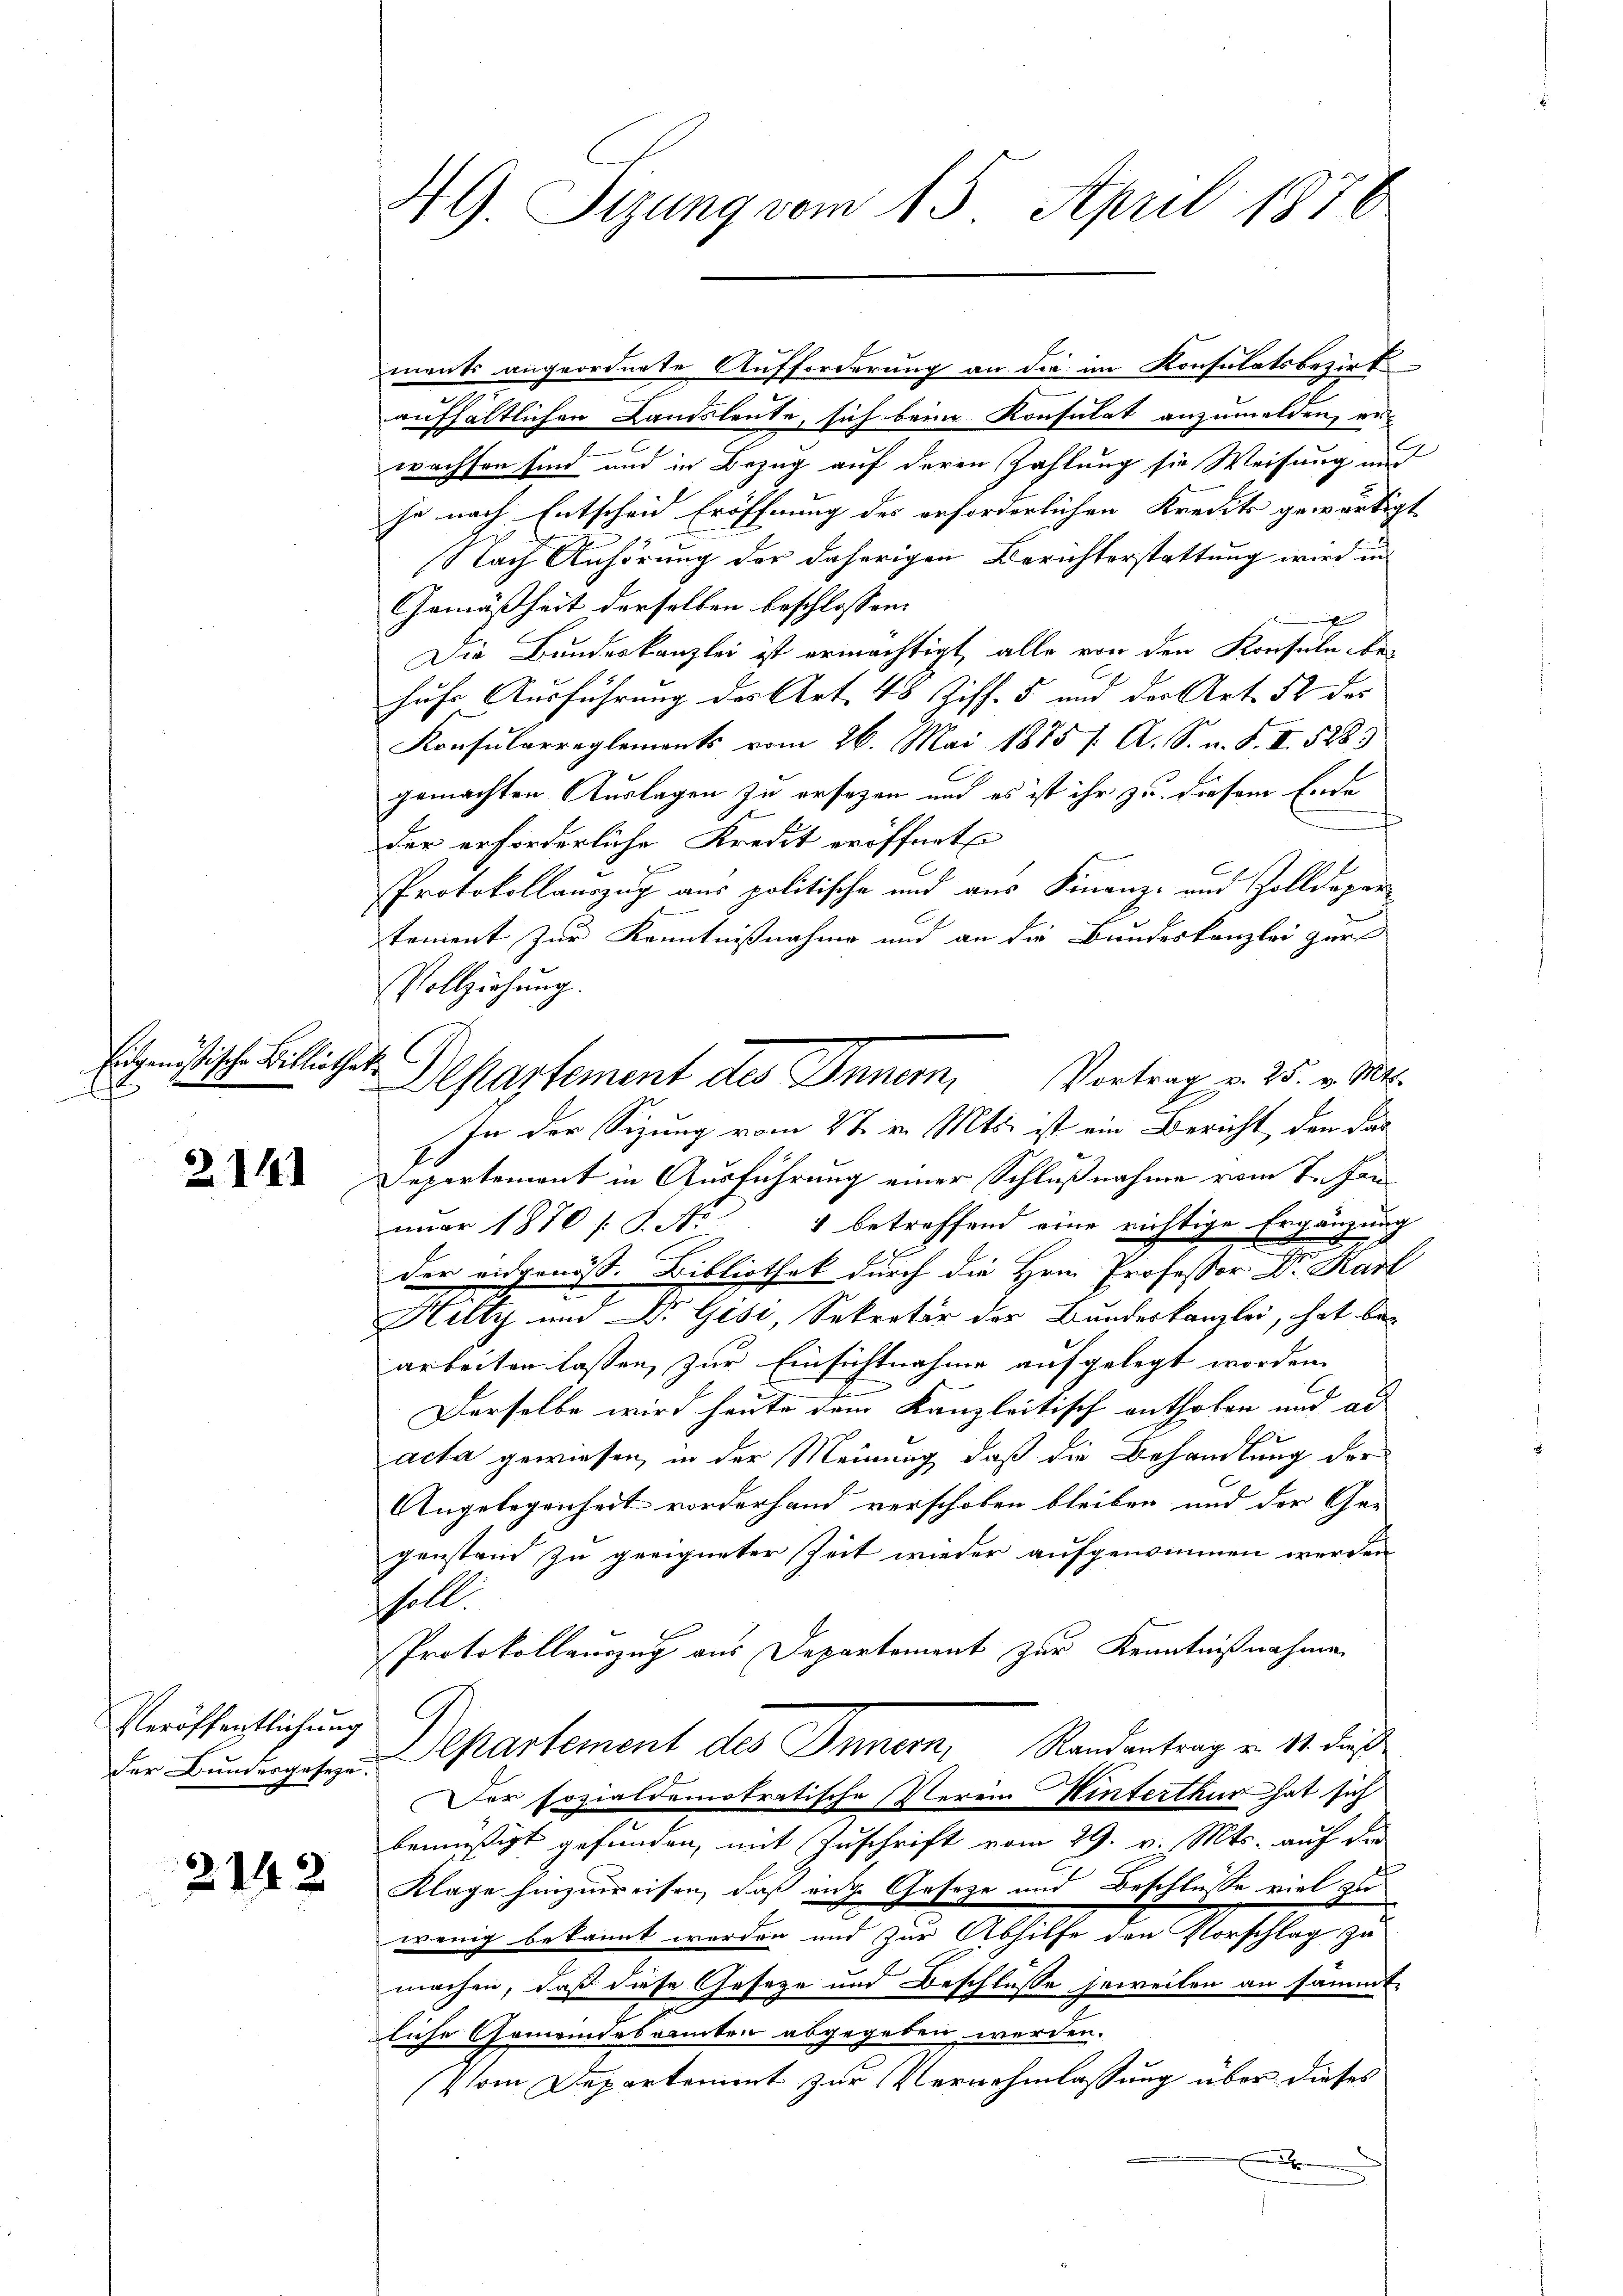
Eidgenößische Bibliothe

Z.141

Veröffentlichung
der Bundesgeseze

2142

49 Sizung vom 15. April 1870

.
Departement des Inner, Vortrag u. 25. v. M.
In der Sizung vom 27. v. Mts. ist ein Bericht, den das

ments angeordnete Aufforderung an die im Konsulatsbezirk
aufhältlichen Landsleute, sich beim Konsulat anzumelden, er-
wachsen sind und in Bezug auf deren Zahlung sie Weisung und
je nach Entscheid Eröffnung des erforderlichen Kredit gewärtig
Nach Anhörung der daherigen Berichterstattung wird in
Gemäßheit derselben beschlossen:
Die Bundeskanzlei ist ermächtigt, alle von den Konsuln de
huhre Ausführung des Art. 48 Ziff. 5 und der Art. 52 des
Konsularreglements vom 26. Mai 1875 /. A. S. n. F. II 5283
gemachten Auslagen zu ersezen und es ist ihr zu diesem Ende
der erforderliche Kredit eröffnete
Protokollauszug aus politische und aus Finanz- und Zolldepar
tement zur Kenntnißnahme und an die Bundeskanzlei zur
Vollziehung.
Separtemont in Ausführung einer Schlußnahme vom 7. Jan
nuar 1870 s. S. Nr. 1 betreffend eine richtige Ergänzung
der eidgenöß. Bibliothek durch die Hrn. Professor Dr. Kart
Hilty um Dr. Gese, Sekretär der Bundeskanzlei, hat bearbeiten lassen, zur Einsichtnahme aufgelegt worden.
Derselbe wird heute dem Kanzleitisch enthoben und ad |
acta gewiesen, in der Meinung, daß die Behandlung der
Angelegenheit vorderhand verschoben bleiben und der Gegenstand zu geeigneter Zeit wieder aufgenommen werden
soll
Protokollauszug aus Departement zur Kenntnißnahme
G
Separtement des Innern, Randantrag v. 11. daß
Der sozialdemokratische Verei Winterthur hat sich
3
bemüßigt gefunden, mit Zuschrift vom 29. v. Mts. auf der
Klage hinzuweisen, daß eine Geseze und Beschlusse viel zu
t
wenig bekannt werden und zur Abhilfe den Vorschlag zu
machen, daß diese Geseze und Beschlusse jeweilen an sämmt-
liche Gemeindebrannten abgegeben werden.
(vom Departement zur Vernehmlassung über dieses
x